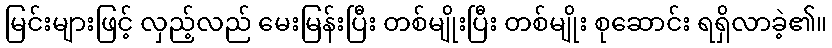
မြင်းများဖြင့် လှည့်လည် မေးမြန်းပြီး တစ်မျိုးပြီး တစ်မျိုး စုဆောင်း ရရှိလာခဲ့၏။